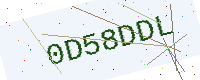
Text: 0D58DDL